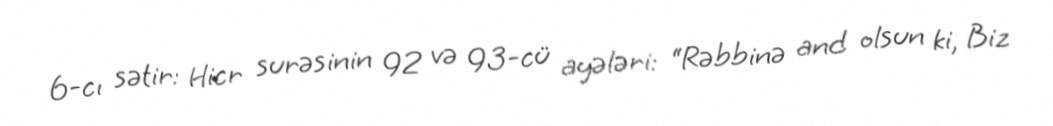
6-cı sətir: Hicr surəsinin 92 və 93-cü ayələri: “Rəbbinə and olsun ki, Biz